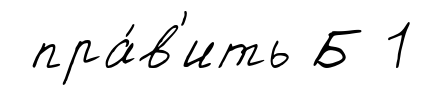
пра́в'ить Б 1